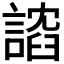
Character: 𫍈